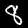
Label: 8